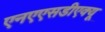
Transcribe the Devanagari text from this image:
एनएएसडीएक्यू